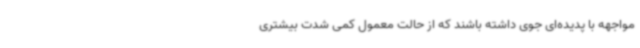
مواجهه با پدیده‌ای جوی داشته باشند که از حالت معمول کمی شدت بیشتری